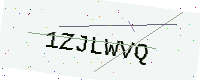
Text: 1ZJLWVQ